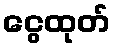
ငွေထုတ်